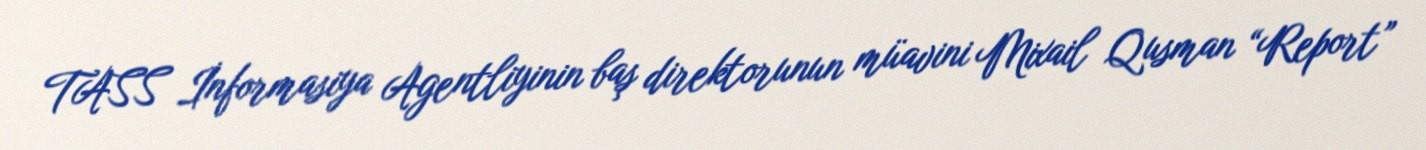
TASS İnformasiya Agentliyinin baş direktorunun müavini Mixail Qusman “Report”